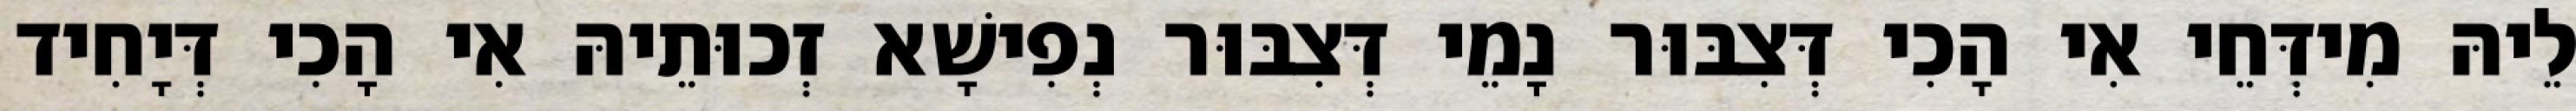
לֵיהּ מִידְּחֵי אִי הָכִי דְּצִבּוּר נָמֵי דְּצִבּוּר נְפִישָׁא זְכוּתֵיהּ אִי הָכִי דְּיָחִיד